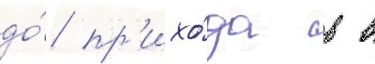
до́ пр'ихо́да в в